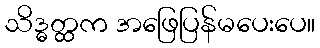
သိဒ္ဓတ္ထက အဖြေပြန်မပေးပေ။